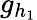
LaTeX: g_{h_{1}}